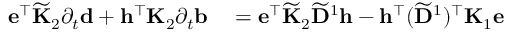
\begin{array} { r l } { \mathbf { e } ^ { \top } \widetilde { \mathbf { K } } _ { 2 } \partial _ { t } \mathbf { d } + \mathbf { h } ^ { \top } \mathbf { K } _ { 2 } \partial _ { t } \mathbf { b } } & { { } = \mathbf { e } ^ { \top } \widetilde { \mathbf { K } } _ { 2 } \widetilde { \mathbf { D } } ^ { 1 } \mathbf { h } - { \mathbf { h } ^ { \top } ( \widetilde { \mathbf { D } } ^ { 1 } ) ^ { \top } } \mathbf { K } _ { 1 } \mathbf { e } } \end{array}